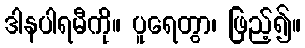
ဒါနပါရမီကို။ ပူရေတွာ၊ ဖြည့်၍။